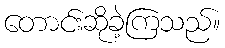
တောင်းဆိုခဲ့ကြသည်။